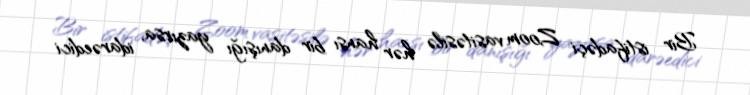
Bir istifadəçi Zoom vasitəsilə hər hansı bir danışığı yazırsa, idarəedici